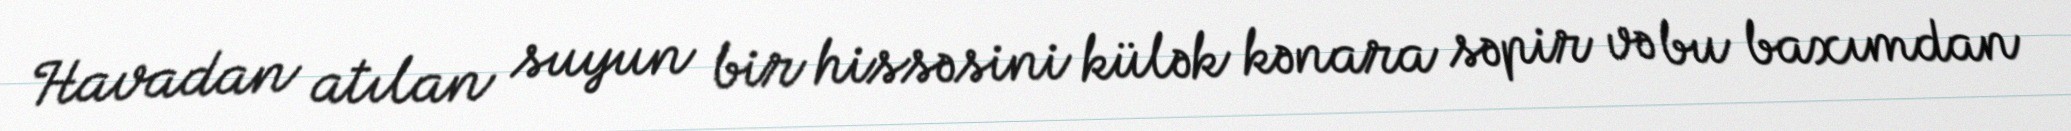
Havadan atılan suyun bir hissəsini külək kənara səpir və bu baxımdan